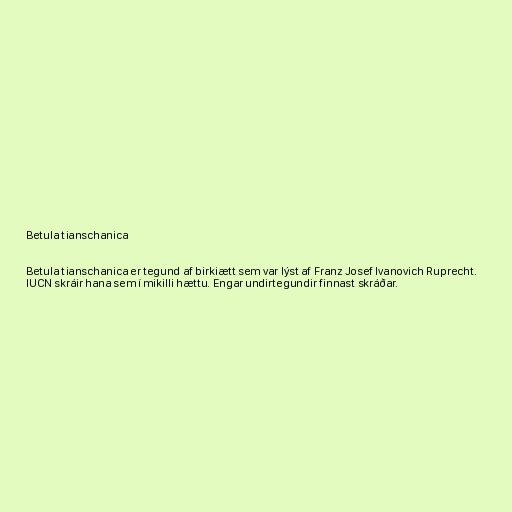
Betula tianschanica

Betula tianschanica er tegund af birkiætt sem var lýst af Franz Josef Ivanovich Ruprecht.
IUCN skráir hana sem í mikilli hættu. Engar undirtegundir finnast skráðar.